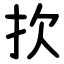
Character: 扻